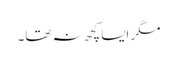
مگر ایسا کچھ نہ تھا۔